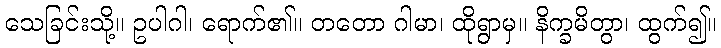
သေခြင်းသို့။ ဥပါဂါ၊ ရောက်၏။ တတော ဂါမာ၊ ထိုရွာမှ။ နိက္ခမိတွာ၊ ထွက်၍။